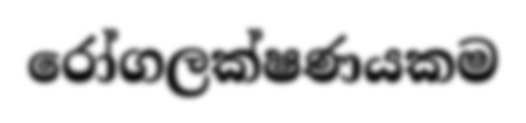
රෝගලක්ෂණයකම